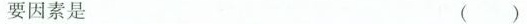
要因素是当化 ()